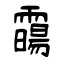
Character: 霷